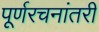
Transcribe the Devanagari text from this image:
पूर्णरचनांतरी